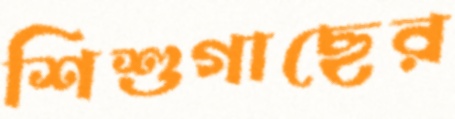
শিশুগাছের